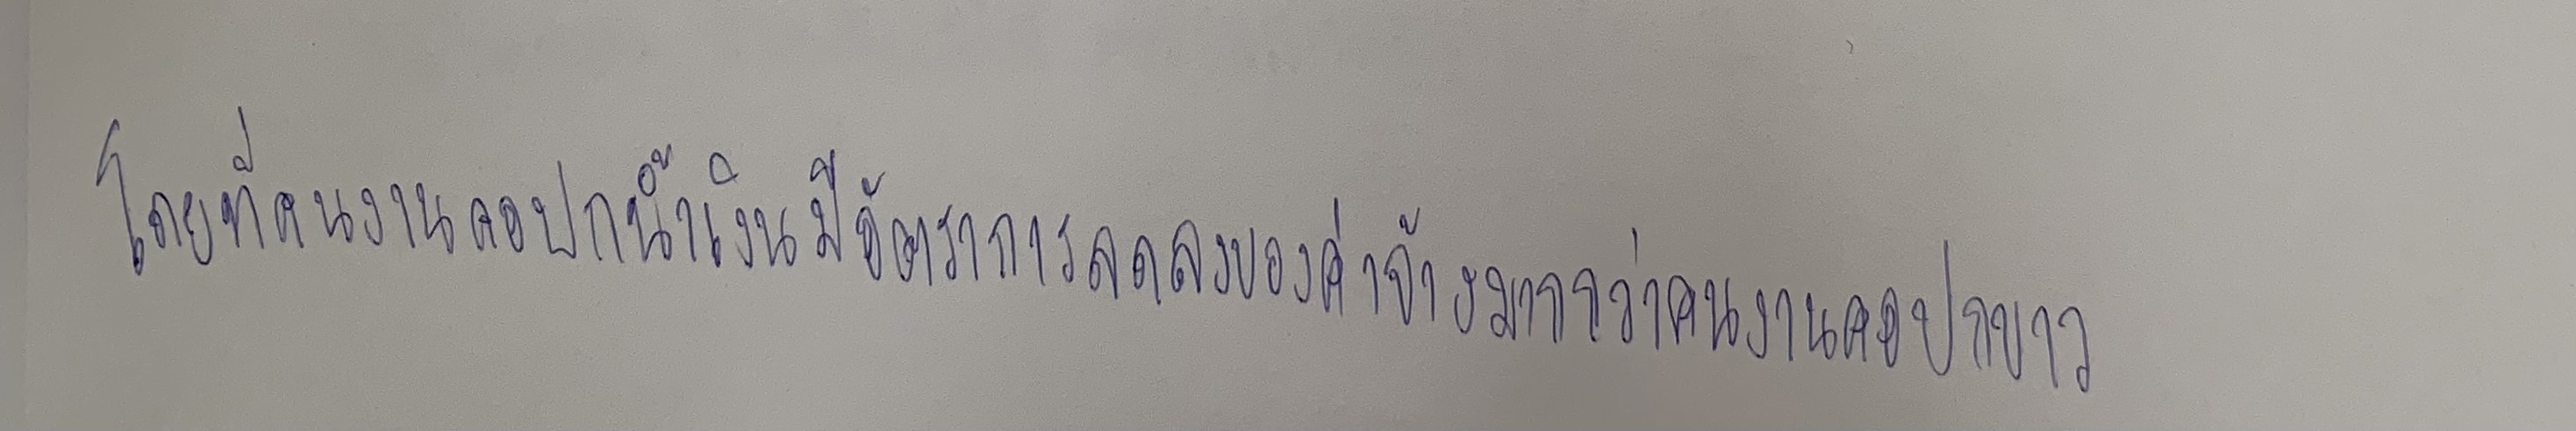
โดยที่คนงานคอปกน้ำเงินมีอัตราการลดลงของค่าจ้างมากกว่าคนงานคอปกขาว